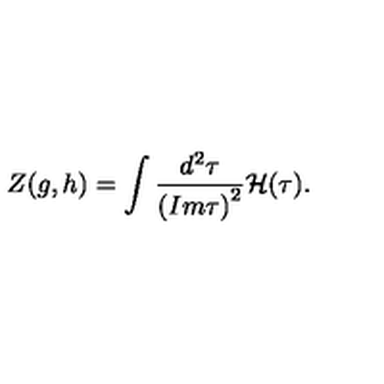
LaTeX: Z ( g , h ) = \int \frac { { d } ^ { 2 } \tau } { { ( I m \tau ) } ^ { 2 } } { \cal H } ( \tau ) .